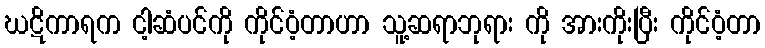
ဃဋိကာရက ငါ့ဆံပင်ကို ကိုင်ဝံ့တာဟာ သူ့ဆရာဘုရား ကို အားကိုးပြီး ကိုင်ဝံ့တာ